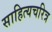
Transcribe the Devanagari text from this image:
साहित्यचरित्र